Annual report of the Prince of Wales Medical College, Patna
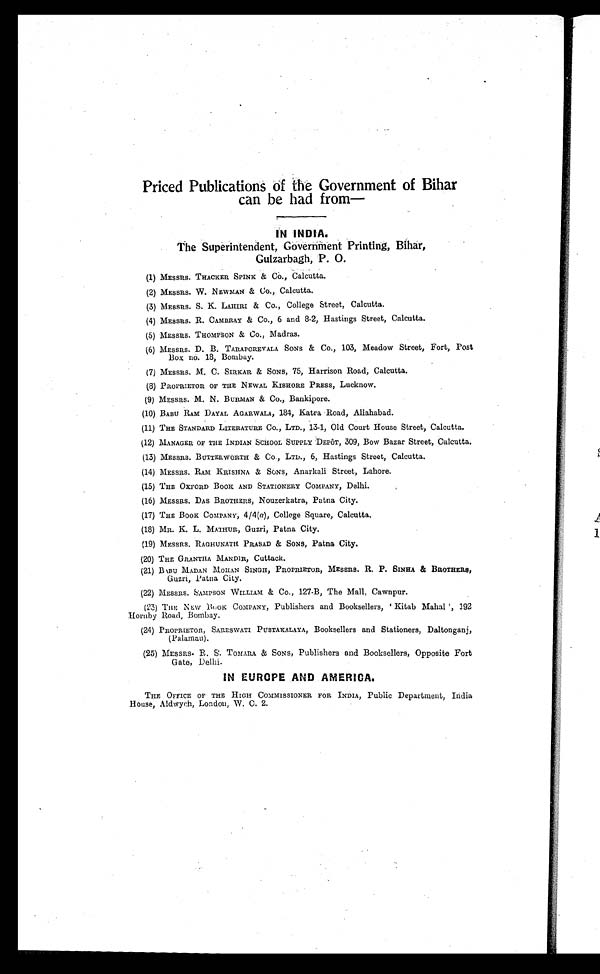
Priced Publications of the Government of Bihar
can be had from
—
IN INDIA.
The Superintendent, Government Printing, Bihar,
Gulzarbagh, P. O.
(1) MESSRS. THACKER SPINK & Co., Calcutta.
(2) MESSRS. W. NEWMAN & Co., Calcutta.
(3) MESSRS. S. K. LAHIRI & Co., College Street, Calcutta.
(4) MESSRS. R. CAMBRAY & Co., 6 and 8–2, Hastings Street, Calcutta.
(5) MESSRS. THOMPSON & Co., Madras.
(6) MESSRS. D. B. TARAPOREVALA SONS & Co., 103, Meadow Street, Fort, Post
Box no. 18, Bombay.
(7) MESSRS. M. C. SIRKAR & SONS, 75, Harrison Road, Calcutta.
(8) PROPRIETOR OF THE NEWAL KISHORE PRESS, Lucknow.
(9) MESSRS. M. N. BURMAN & Co., Bankipore.
(10) BABU RAM DAYAL AGARWALA, 184, Katra Road, Allahabad.
(11) THE STANDARD LITERATURE Co., LTD., 13–1, Old Court House Street, Calcutta.
(12) MANAGER OF THE INDIAN SCHOOL SUPPLY DEPÔT, 309, Bow Bazar Street, Calcutta.
(13) MESSRS. BUTTERWORTH & Co., LTD., 6, Hastings Street, Calcutta.
(14) MESSRS. RAM KRISHNA & SONS, Anarkali Street, Lahore.
(15) THE OXFORD BOOK AND STATIONERY COMPANY, Delhi.
(16) MESSRS. DAS BROTHERS, Nouzerkatra, Patna City.
(17) THE BOOK COMPANY, 4/4(a), College Square, Calcutta.
(18) MR. K. L. MATHUR, Guzri, Patna City.
(19) MESSRS. RAGHUNATH PRASAD & SONS, Patna City.
(20) THE GRANTHA MANDIR, Cuttack.
(21) BABU MADAN MOHAN SINGH, PROPRIETOR, MESSRS. R. P. SINHA & BROTHERS,
Guzri, Patna City.
(22) MESSRS. SAMPSON WILLIAM & Co., 127-B, The Mall, Cawnpur.
(23) THE NEW BOOK COMPANY, Publishers and Booksellers, 'Kitab Mahal', 192
Hornby Road, Bombay.
(24) PROPRIETOR, SARESWATI PUSTAKALAYA, Booksellers and Stationers, Daltonganj,
(Palamau).
(25) MESSRS. R. S. TOMARA & SONS, Publishers and Booksellers, Opposite Fort
Gate, Delhi.
IN EUROPE AND AMERICA.
THE OFFICE OF THE HIGH COMMISSIONER FOR INDIA, Public Department, India
House, Aldwych, London, W. C. 2.